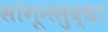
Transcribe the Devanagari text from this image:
सांगूनसुद्धा